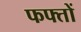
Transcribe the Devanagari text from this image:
फफ्तों